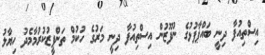
އިސްތިއުފާ ދިނީ ބައްޕާފުޅުގެ ނުފޫޒުން އިސްތިއުފާ ދިނީ މަރުގެ ހުކުމް ތަންފީޒުކުރުމާމެދު ހިޔާލު